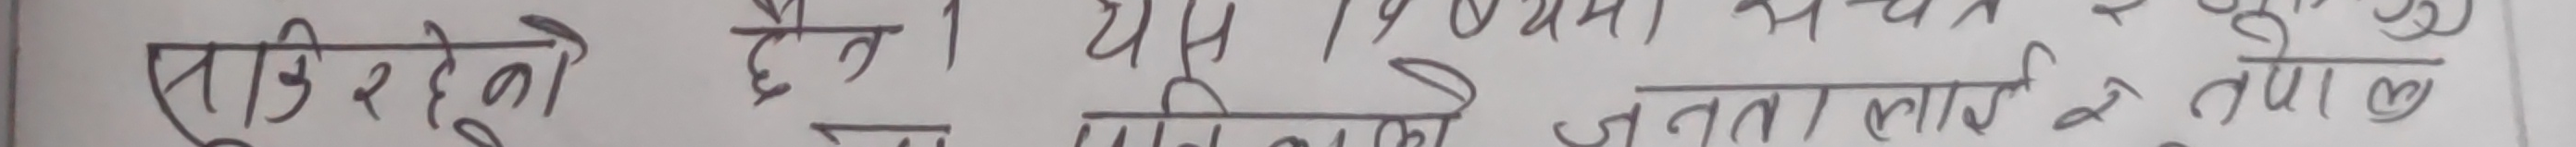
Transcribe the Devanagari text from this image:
एकिरहेको छ। यस महामारीले जनतालाई तथा